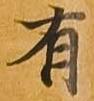
有